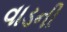
વાડની